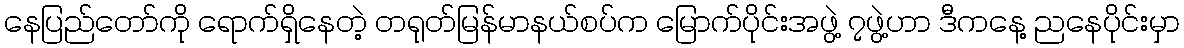
နေပြည်တော်ကို ရောက်ရှိနေတဲ့ တရုတ်မြန်မာနယ်စပ်က မြောက်ပိုင်းအဖွဲ့ ၇ဖွဲ့ဟာ ဒီကနေ့ ညနေပိုင်းမှာ